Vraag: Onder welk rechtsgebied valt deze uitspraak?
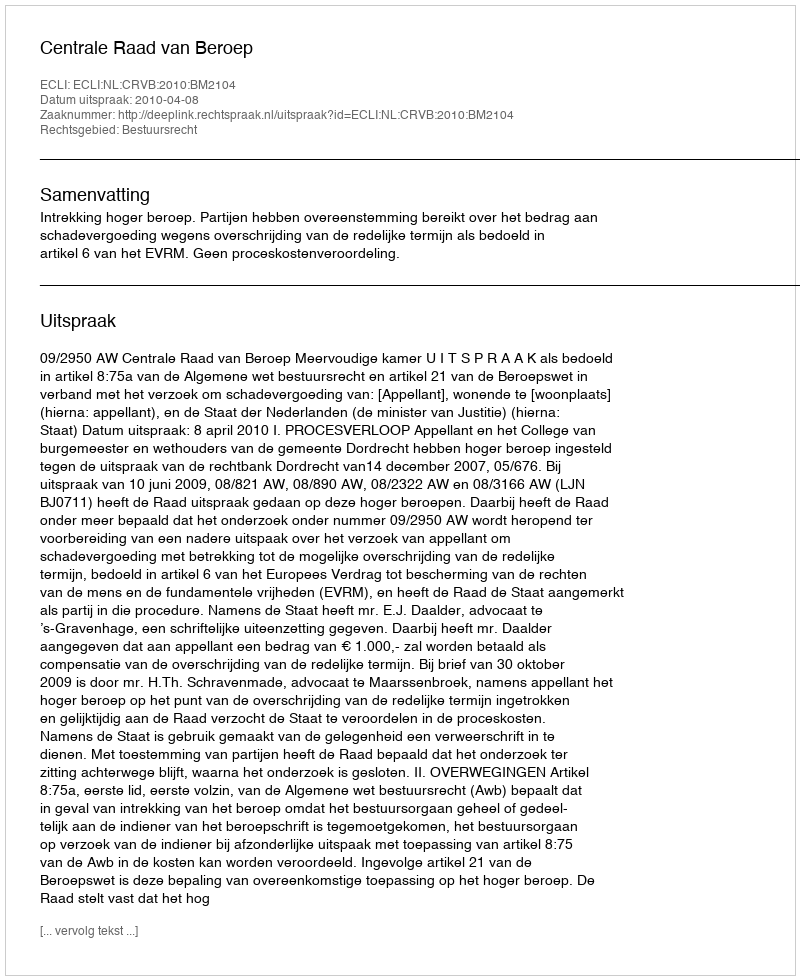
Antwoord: Bestuursrecht